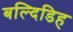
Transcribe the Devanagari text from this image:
बल्दिडिह